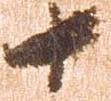
十